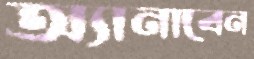
অ্যানাবেন